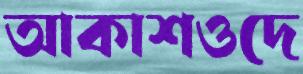
আকাশওদে